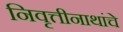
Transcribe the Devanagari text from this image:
निवृत्तीनाथांचे